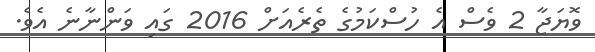
ވޮޔަޖާ 2 ވެސް އެ ހުސްކަމުގެ ތެރެއަށް 2016 ގައި ވަންނާނެ އެވެ.